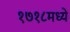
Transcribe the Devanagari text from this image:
१७१८मध्ये